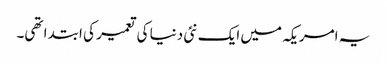
یہ امریکہ میں ایک نئی دنیا کی تعمیر کی ابتدا تھی۔